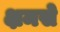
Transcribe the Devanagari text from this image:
क्षमसे